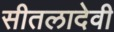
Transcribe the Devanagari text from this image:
सीतलादेवी